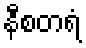
နီစတရံ